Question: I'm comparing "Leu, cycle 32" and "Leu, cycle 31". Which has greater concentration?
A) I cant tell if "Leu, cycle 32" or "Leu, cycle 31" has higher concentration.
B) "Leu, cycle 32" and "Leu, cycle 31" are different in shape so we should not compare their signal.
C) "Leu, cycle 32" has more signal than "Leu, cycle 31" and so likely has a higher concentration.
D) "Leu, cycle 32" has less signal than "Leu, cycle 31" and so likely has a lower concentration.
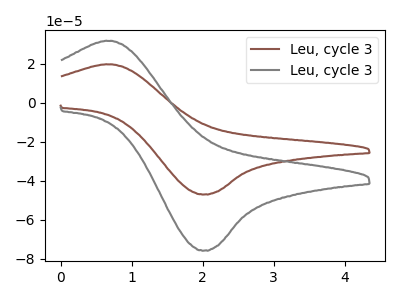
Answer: <think>The brown curve "Leu, cycle 31" has an anodic peak at (0.70V, 19.60uA) and a cathodic peak at (2.05V, -46.95uA). The gray curve "Leu, cycle 32" has an anodic peak at (0.70V, 31.60uA) and a cathodic peak at (2.05V, -75.65uA).
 All the peaks in "Leu, cycle 32" have a peak in "Leu, cycle 31" at the same potential. Every peak in "Leu, cycle 32" is higher than every peak in "Leu, cycle 31".</think>
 <answer>C) "Leu, cycle 32" has more signal than "Leu, cycle 31" and so likely has a higher concentration.</answer>
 <eval>C</eval>